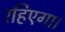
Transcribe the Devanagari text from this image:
रहिएगा।